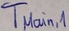
Text: TMain,1